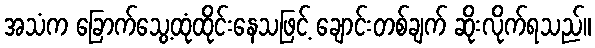
အသံက ခြောက်သွေ့ထုံထိုင်းနေသဖြင့် ချောင်းတစ်ချက် ဆိုးလိုက်ရသည်။